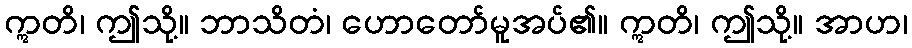
ဣတိ၊ ဤသို့။ ဘာသိတံ၊ ဟောတော်မူအပ်၏။ ဣတိ၊ ဤသို့။ အာဟ၊